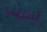
لتدريب